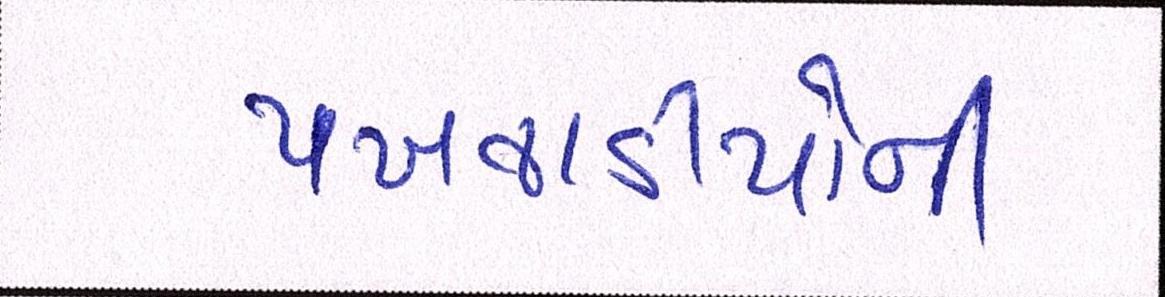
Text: પખવાડીયાની